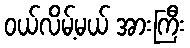
ဝယ်လိမ့်မယ် အားကြီး